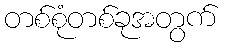
တစ်စုံတစ်ခုအတွက်